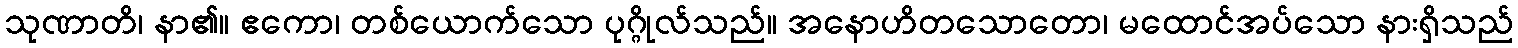
သုဏာတိ၊ နာ၏။ ဧကော၊ တစ်ယောက်သော ပုဂ္ဂိုလ်သည်။ အနောဟိတသောတော၊ မထောင်အပ်သော နားရှိသည်